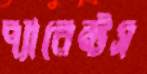
প্যারেন্টস